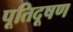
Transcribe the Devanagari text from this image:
पूतिदूषण